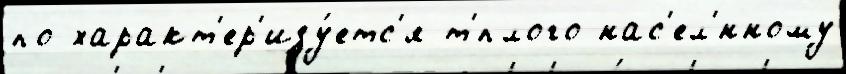
по характ'ер'изу́етс'я т'́плого нас'ел'́нному